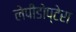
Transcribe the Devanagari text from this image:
लेपीडोप्टेरा